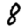
Digit: 8